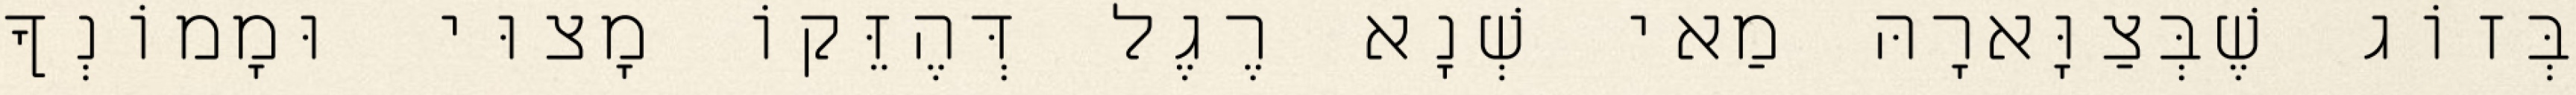
בְּזוֹג שֶׁבְּצַוָּארָהּ מַאי שְׁנָא רֶגֶל דְּהֶזֵּקוֹ מָצוּי וּמָמוֹנְךָ